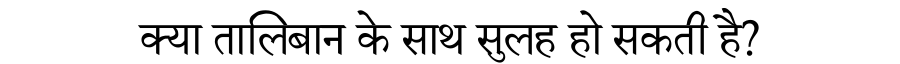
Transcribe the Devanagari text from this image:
क्या तालिबान के साथ सुलह हो सकती है?